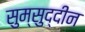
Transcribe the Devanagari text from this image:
सुम्सुद्दीन